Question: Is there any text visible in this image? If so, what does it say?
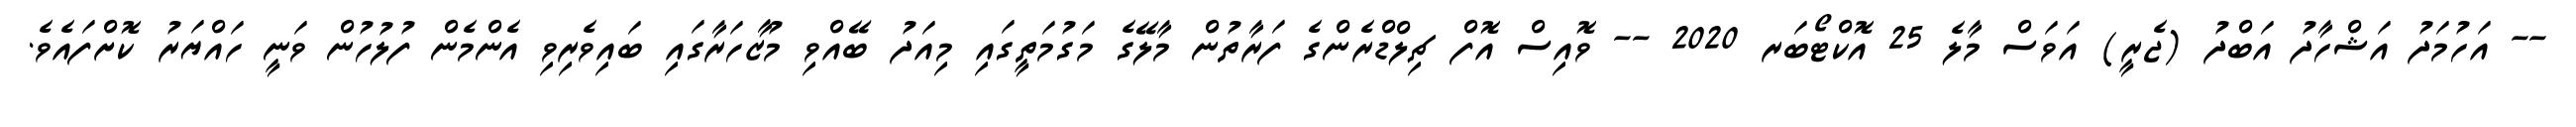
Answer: -- އަހުމަދު އަޝްހާދު އަބްދު (ޖެރީ) އަވަސް މާލެ 25 އޮކްޓޯބަރ 2020 -- ވޮއިސް އޮފް ޗިލްޑްރެންގެ ފަރާތުން މާލޭގެ މަގުމަތީގައި މިއަދު ބޭއްވި މުޒާހަރާގައި ބައިވެރިވި އެންމެން ފުލުހުން ވަނީ ހައްޔަރު ކޮށްފައެވެ.